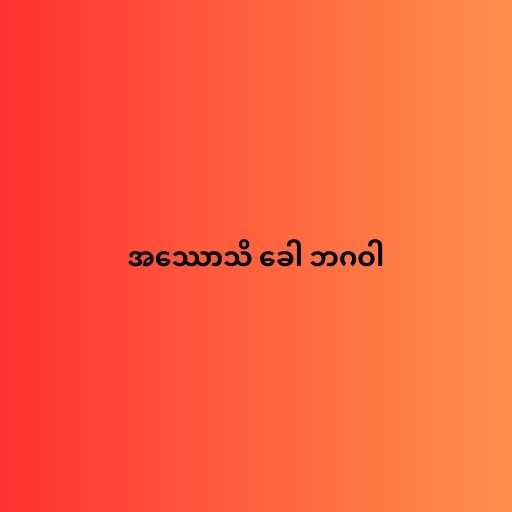
အဿောသိ ခေါ ဘဂဝါ